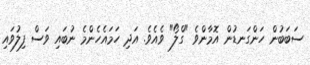
ސަބަބުން ހަންގަނޑުން އޮމާންވެ "ގްލޯ" ވެއެވެ. އަދި ހަމައެހެންމެ ނުބައި ވަސް ފިލުވައި